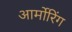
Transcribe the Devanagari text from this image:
आर्मोरिंग